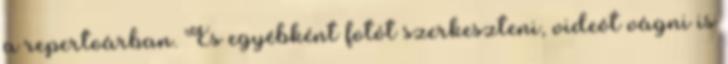
a repertoárban. És egyébként fotót szerkeszteni, videót vágni is